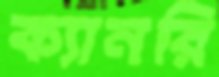
ক্যানরি